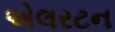
એલરટન